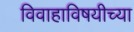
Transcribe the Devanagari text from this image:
विवाहाविषयीच्या